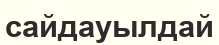
сайдауылдай